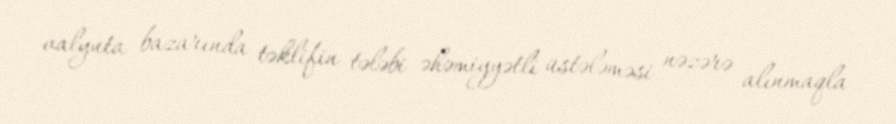
valyuta bazarında təklifin tələbi əhəmiyyətli üstələməsi nəzərə alınmaqla